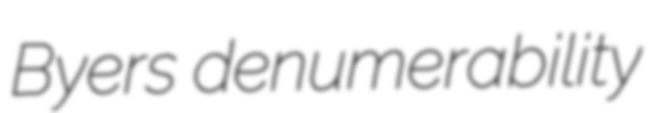
Byers denumerability